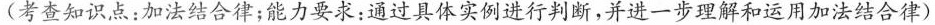
(考查知识点：加法结合律；能力要求：通过具体实例进行判断，并进一步理解和运用加法结合律)